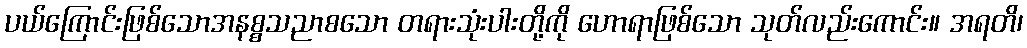
ပယ်ကြောင်းဖြစ်သောအနစ္စသညာစသော တရားသုံးပါးတို့ကို ဟောရာဖြစ်သော သုတ်လည်းကောင်း။ အရတိ၊